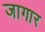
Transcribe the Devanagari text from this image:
जागार